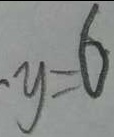
y = 6